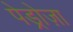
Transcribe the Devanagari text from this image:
पेड्रोज़ा